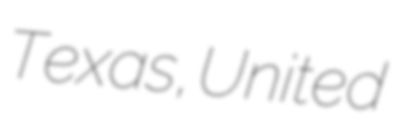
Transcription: Texas, United